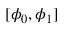
[ \phi _ { 0 } , \phi _ { 1 } ]